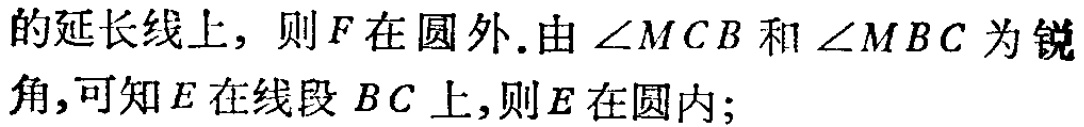
的延长线上，则\(F\)在圆外.由\(\angle MCB\)和\(\angle MBC\)为锐角,可知\(E\)在线段\(BC\)上,则\(E\)在圆内;